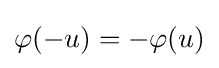
\varphi (-u)=-\varphi (u)